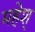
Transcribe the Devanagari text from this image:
महेश्